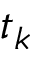
t _ { k }